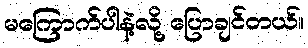
မကြောက်ပါနဲ့လို့ ပြောချင်တယ်။